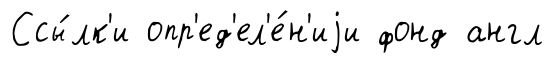
Ссы́лк'и опр'ед'ел'е́н'иjи фонд англ